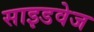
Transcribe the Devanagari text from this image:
साइडवेज